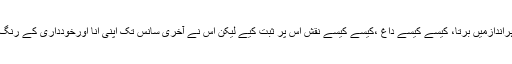
برتنے والوں نے اُسے ہراندازمیں برتا، کیسے کیسے داغ ،کیسے کیسے نقش اُس پر ثبت کیے لیکن اُس نے آخری سانس تک اپنی انّا اورخودداری کے رنگ پھیکے نہ پڑنے دیے۔